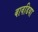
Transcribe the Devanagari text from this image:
बावडिया